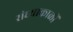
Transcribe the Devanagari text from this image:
संध्याकाळीं